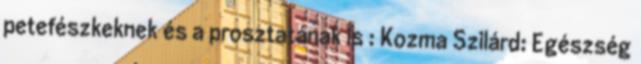
petefészkeknek és a prosztatának is : Kozma Szilárd: Egészség